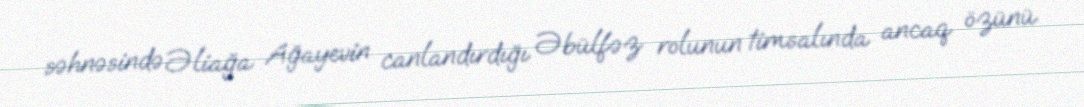
səhnəsində Əliağa Ağayevin canlandırdığı Əbülfəz rolunun timsalında ancaq özünü